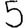
Digit: 5